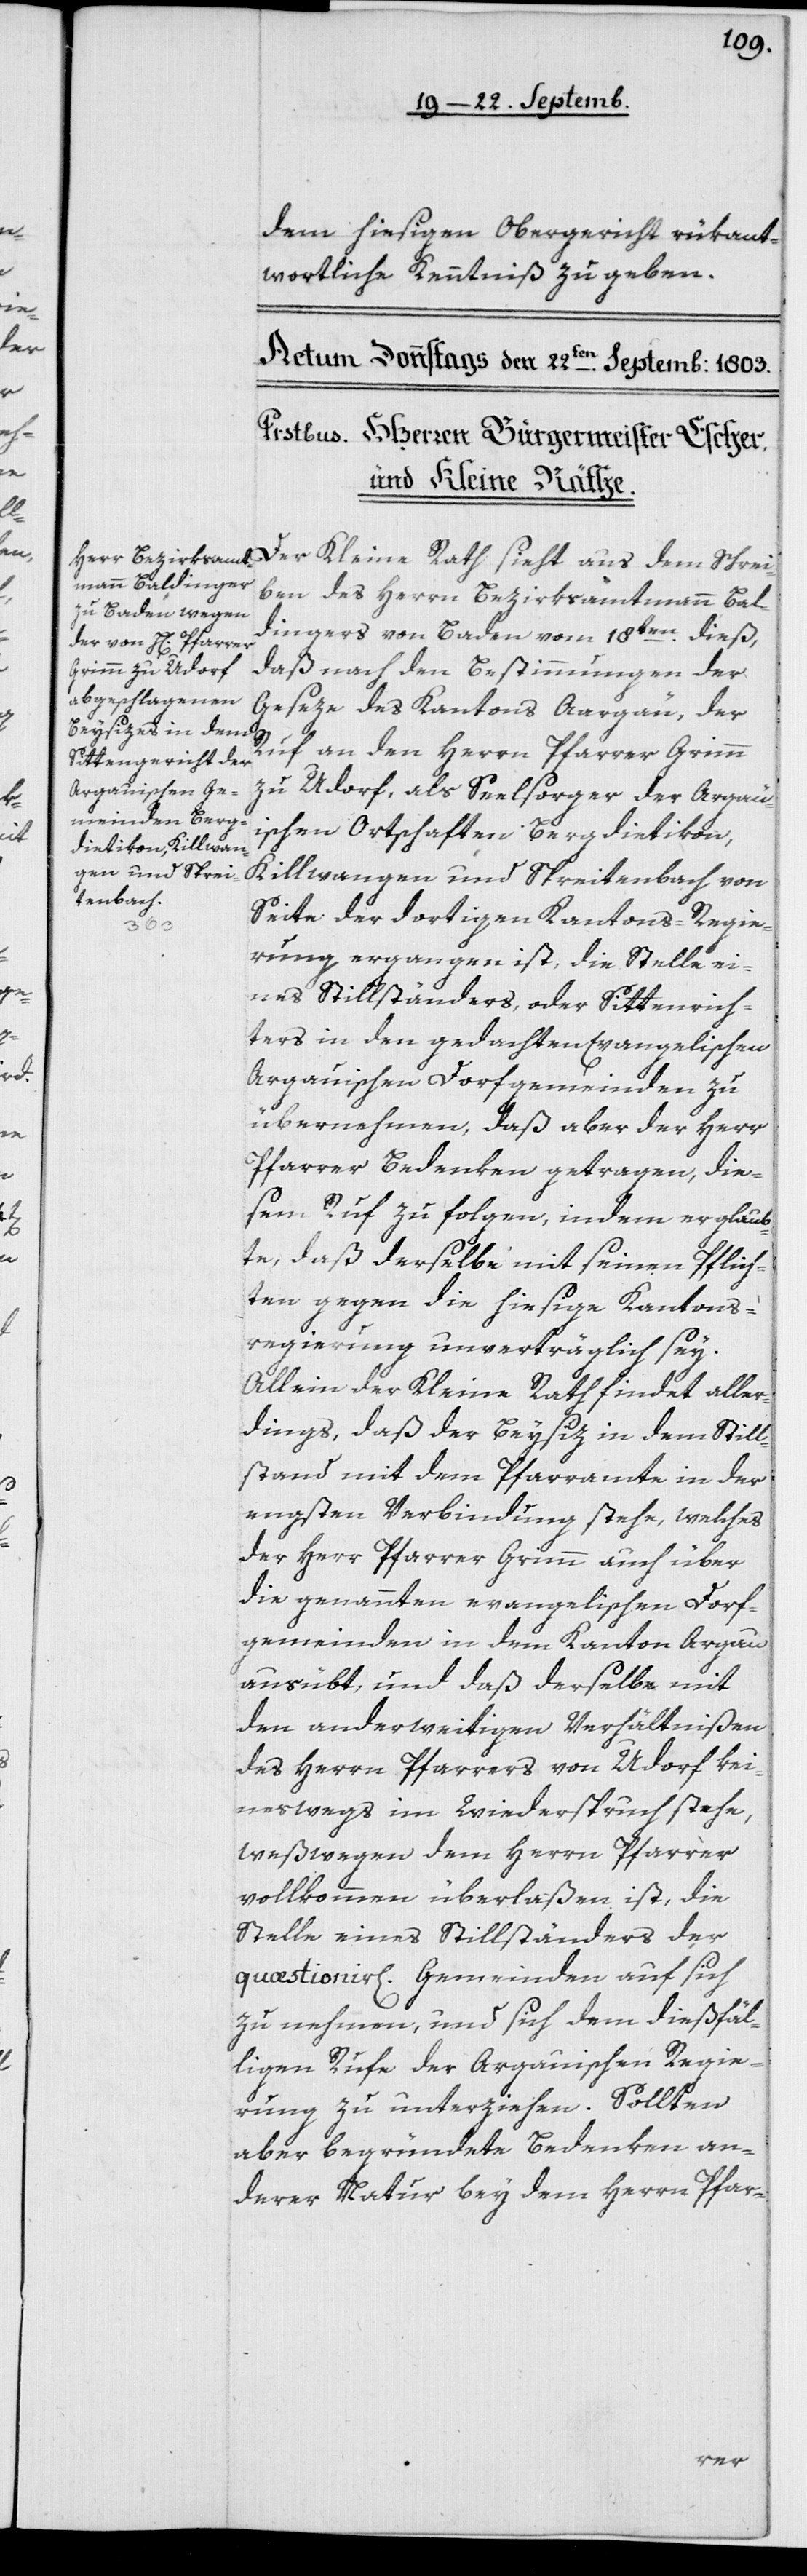
dem hiesigen Obergericht rükant¬
wortliche Kenntniß zu geben.
Der Kleine Rath sieht aus dem Schrei¬
ben des Herrn Bezirksammann Bal¬
dingers von Baden vom 18ten dieß,
daß nach den Bestimmungen der
Geseze des Kantons Aargau, der
Ruf an den Herrn Pfarrer Grimm
zu Urdorf, als Seelsorger der Argau¬
ischen Ortschaften Bergdietikon,
Killwangen und Spreitenbach von
Seite der dortigen Kantons-Regie¬
rung ergangen ist, die Stelle ei¬
nes Stillständers, oder Sittenrich¬
ters in den gedachten Evangelischen
Argauischen Dorfgemeinden zu
übernehmen, daß aber der Herr
Pfarrer Bedenken getragen, die¬
sem Ruf zu folgen, indem er glaub¬
te, daß derselbe mit seinen Pflich¬
ten gegen die hiesige Kantons¬
regierung unverträglich sey.
Allein der Kleine Rath findet aller¬
dings, daß der Beysitz in dem Still¬
stand mit dem Pfarramte in der
engsten Verbindung stehe, welches
der Herr Pfarrer Grimm auch über
die genannten evangelischen Dorf¬
gemeinden in dem Kanton Argau
ausübt, und daß derselbe mit
den anderweitigen Verhältnißen
des Herrn Pfarrers von Urdorf kei¬
neswegs im Widerspruch stehe,
weßwegen dem Herrn Pfarrer
vollkommen überlaßen ist, die
Stelle eines Stillständers der
quästionirlichen Gemeinden auf sich
zu nehmen, und sich dem dießfäl¬
ligen Rufe der Argauischen Regie¬
rung zu unterziehen. Sollten
aber begründete Bedenken an¬
derer Natur bey dem Herrn Pfar-